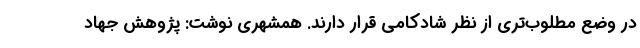
در وضع مطلوب‌تری از نظر شادکامی قرار دارند. همشهری نوشت: پژوهش جهاد